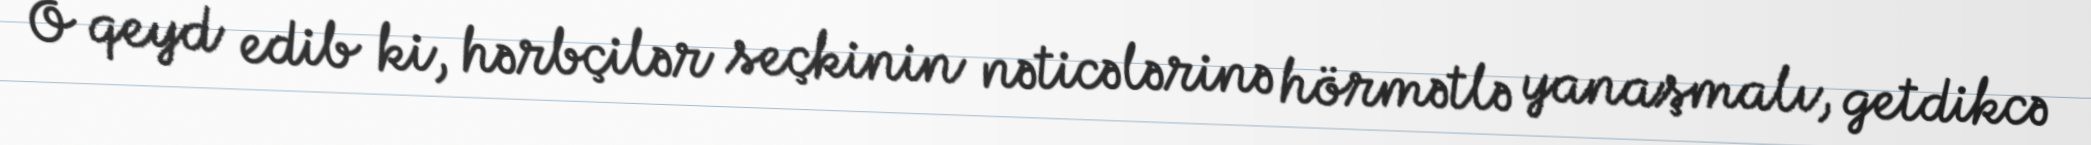
O qeyd edib ki, hərbçilər seçkinin nəticələrinə hörmətlə yanaşmalı, getdikcə